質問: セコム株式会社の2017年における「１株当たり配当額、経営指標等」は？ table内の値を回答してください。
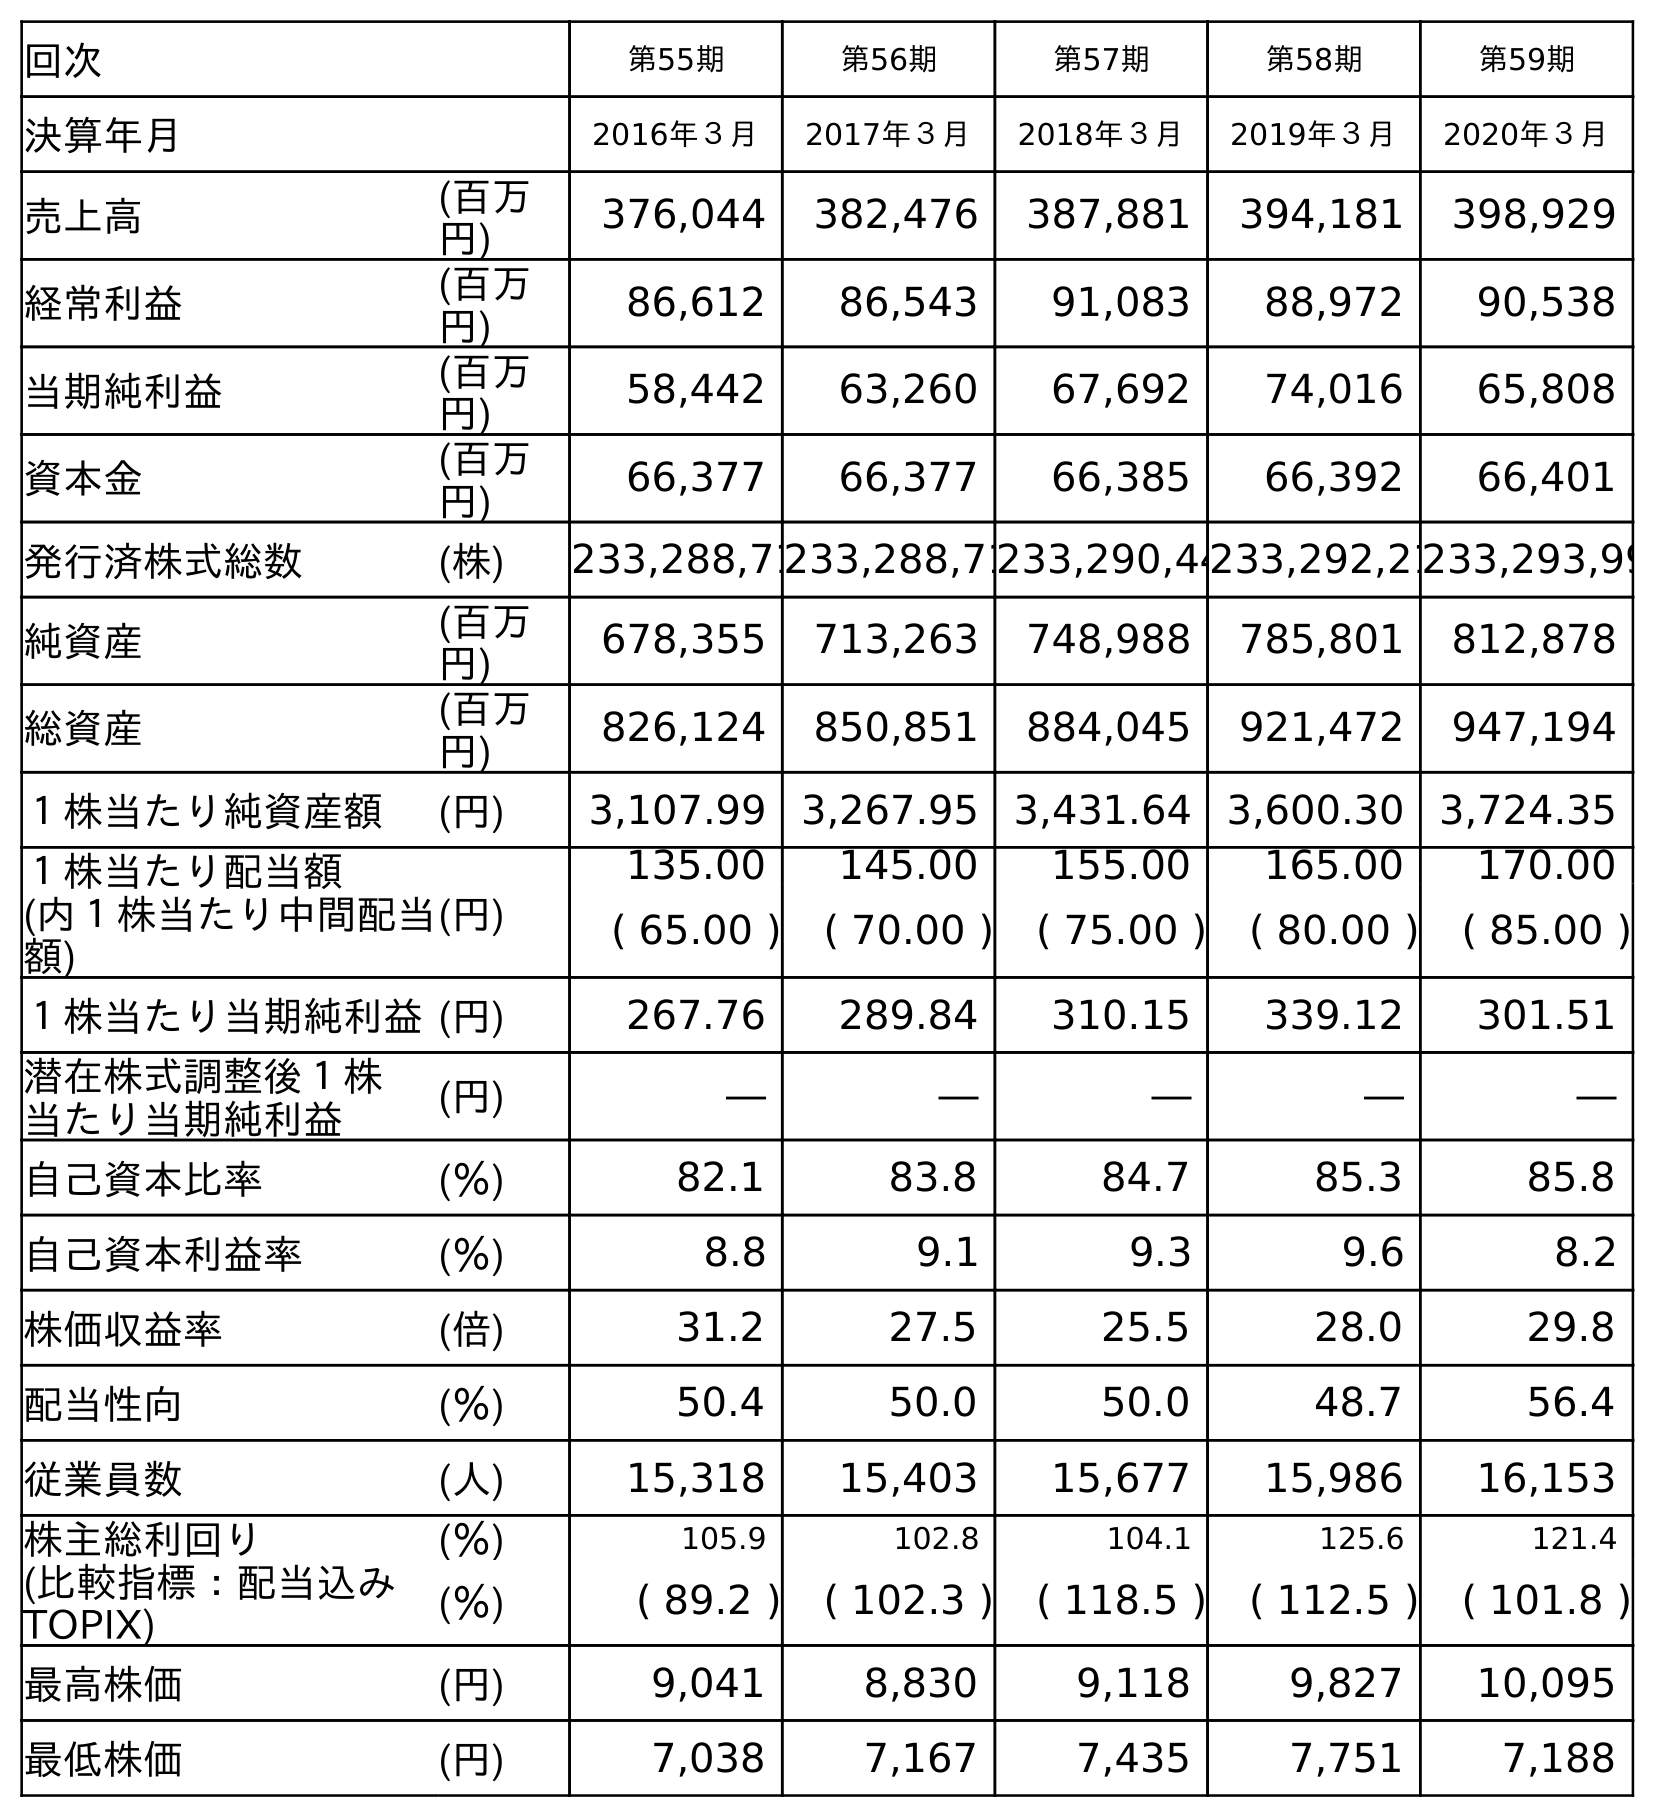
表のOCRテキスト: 回次 第55期 第56期 第57期 第58期 第59期 決算年月 2016年３月 2017年３月 2018年３月 2019年３月 2020年３月 売上高 (百万 円) 376,044 382,476 387,881 394,181 398,929 経常利益 (百万 円) 86,612 86,543 91,083 88,972 90,538 当期純利益 (百万 円) 58,442 63,260 67,692 74,016 65,808 資本金 (百万 円) 66,377 66,377 66,385 66,392 66,401 発行済株式総数 (株) 233,288,71233,288,71233,290,44233,292,21233,293,99 純資産 (百万 円) 678,355 713,263 748,988 785,801 812,878 総資産 (百万 円) 826,124 850,851 884,045 921,472 947,194 １株当たり純資産額 (円) 3,107.99 3,267.95 3,431.64 3,600.30 3,724.35 １株当たり配当額 (内１株当たり中間配当 額) (円) 135.00 145.00 155.00 165.00 170.00 ( 65.00 ) ( 70.00 ) ( 75.00 ) ( 80.00 ) ( 85.00 ) １株当たり当期純利益(円) 267.76 289.84 310.15 339.12 301.51 潜在株式調整後１株 当たり当期純利益 (円) ― ― ― ― ― 自己資本比率 (％) 82.1 83.8 84.7 85.3 85.8 自己資本利益率 (％) 8.8 9.1 9.3 9.6 8.2 株価収益率 (倍) 31.2 27.5 25.5 28.0 29.8 配当性向 (％) 50.4 50.0 50.0 48.7 56.4 従業員数 (人) 15,318 15,403 15,677 15,986 16,153 株主総利回り (％) 105.9 102.8 104.1 125.6 121.4 (比較指標：配当込み TOPIX) (％) ( 89.2 ) ( 102.3 ) ( 118.5 ) ( 112.5 ) ( 101.8 ) 最高株価 (円) 9,041 8,830 9,118 9,827 10,095 最低株価 (円) 7,038 7,167 7,435 7,751 7,188
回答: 145.00